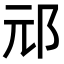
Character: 邧